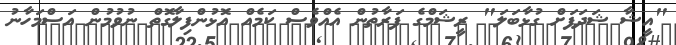
"އީޝާ ޝަދަފަށް ގުޅާބަލަ" ރީޝަމްގެ ފަރާތުން އެއްވެސް ކަމެއް އޮޅުންފިލާގޮތް ނުވުމުން އަސްމަހާނު